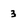
Character: 3